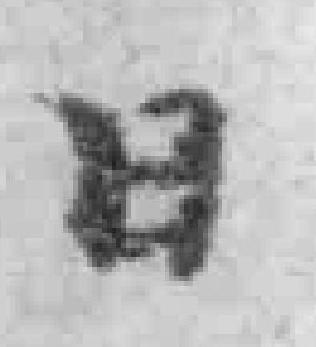
日